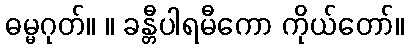
ဓမ္မဂုတ်။ ။ ခန္တီပါရမီကော ကိုယ်တော်။